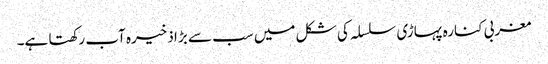
مغربی کنارہ پہاڑی سلسلہ کی شکل میں سب سے بڑا ذخیرہ آب رکھتا ہے۔